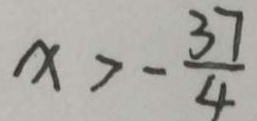
x > - \frac { 3 7 } { 4 }